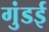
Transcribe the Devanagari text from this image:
गुंडई